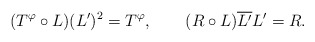
\begin{align*}(T^\varphi\circ L)(L')^2 = T^\varphi, \qquad (R\circ L)\overline{L'} L' = R.\end{align*}